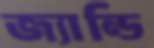
জ্যান্ডি